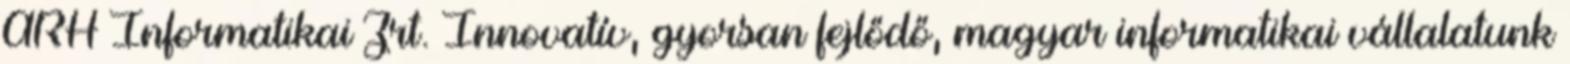
ARH Informatikai Zrt. Innovatív, gyorsan fejlődő, magyar informatikai vállalatunk